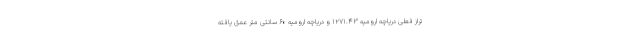
تراز فعلی دریاچه ارومیه ۱۲۷۱.۴۳ و دریاچه ارومیه ۶٠ سانتی متر عمق یافته